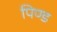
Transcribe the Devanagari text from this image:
पिण्‍ड